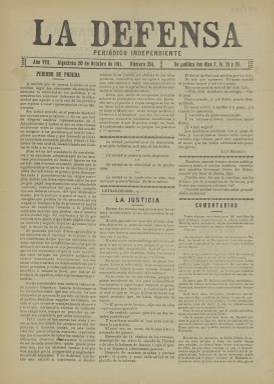
Título: La Defensa (Algeciras)
Colección: Periódicos
Ámbito geográfico: Cádiz
Lugar de publicación: Algeciras [Cádiz]
Fechas: 20/10/1911-20/10/1911